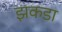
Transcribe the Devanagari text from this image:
झकडा